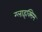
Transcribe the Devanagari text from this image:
ग्लाइक्सिम